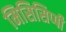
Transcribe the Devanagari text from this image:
मिसिसिप्‍पी